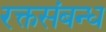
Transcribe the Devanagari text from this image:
रक्तसंबन्ध